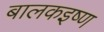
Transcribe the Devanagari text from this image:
बालकइष्ण